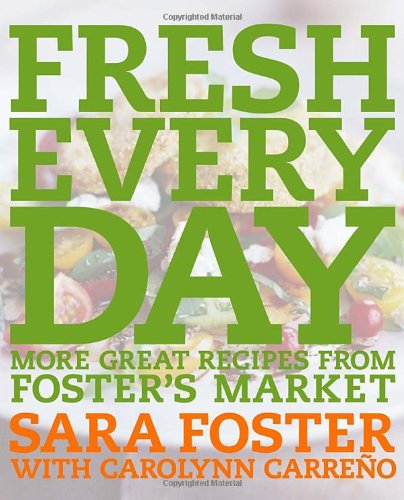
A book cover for Fresh Every Day: More Great Recipes from Foster's Market; Sara Foster; Cookbooks, Food & Wine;